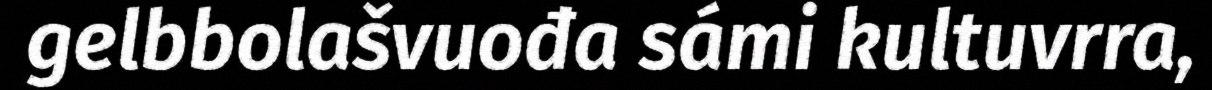
gelbbolašvuođa sámi kultuvrra,